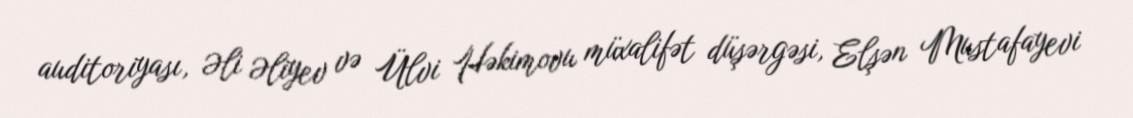
auditoriyası, Əli Əliyev və Ülvi Həkimovu müxalifət düşərgəsi, Elşən Mustafayevi